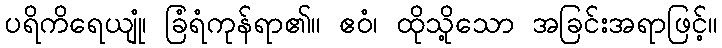
ပရိကိရေယျုံ၊ ခြံရံကုန်ရာ၏။ ဧဝံ၊ ထိုသို့သော အခြင်းအရာဖြင့်။